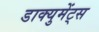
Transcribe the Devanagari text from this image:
डाक्युमेंट्स